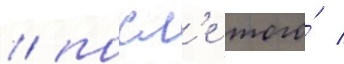
/ посл'е того́ /